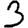
Digit: 3